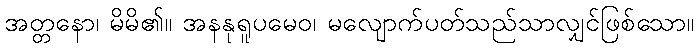
အတ္တနော၊ မိမိ၏။ အနနုရူပမေဝ၊ မလျောက်ပတ်သည်သာလျှင်ဖြစ်သော။